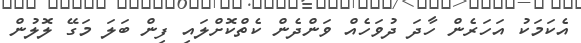
އެކަމަކު އަހަރެން ހާދަ ދުވަހެއް ވަންދެން ކެތްކޮށްލައި ފިން ބަލަ މަގޭ ލޮލުން